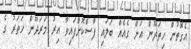
އެގޮތުން ހިތަދޫން އަށް ގެއެއް ބަލައި ފާސްކޮށްފައިވާ އިރު މަރަދޫން ހަތަރު ގެ